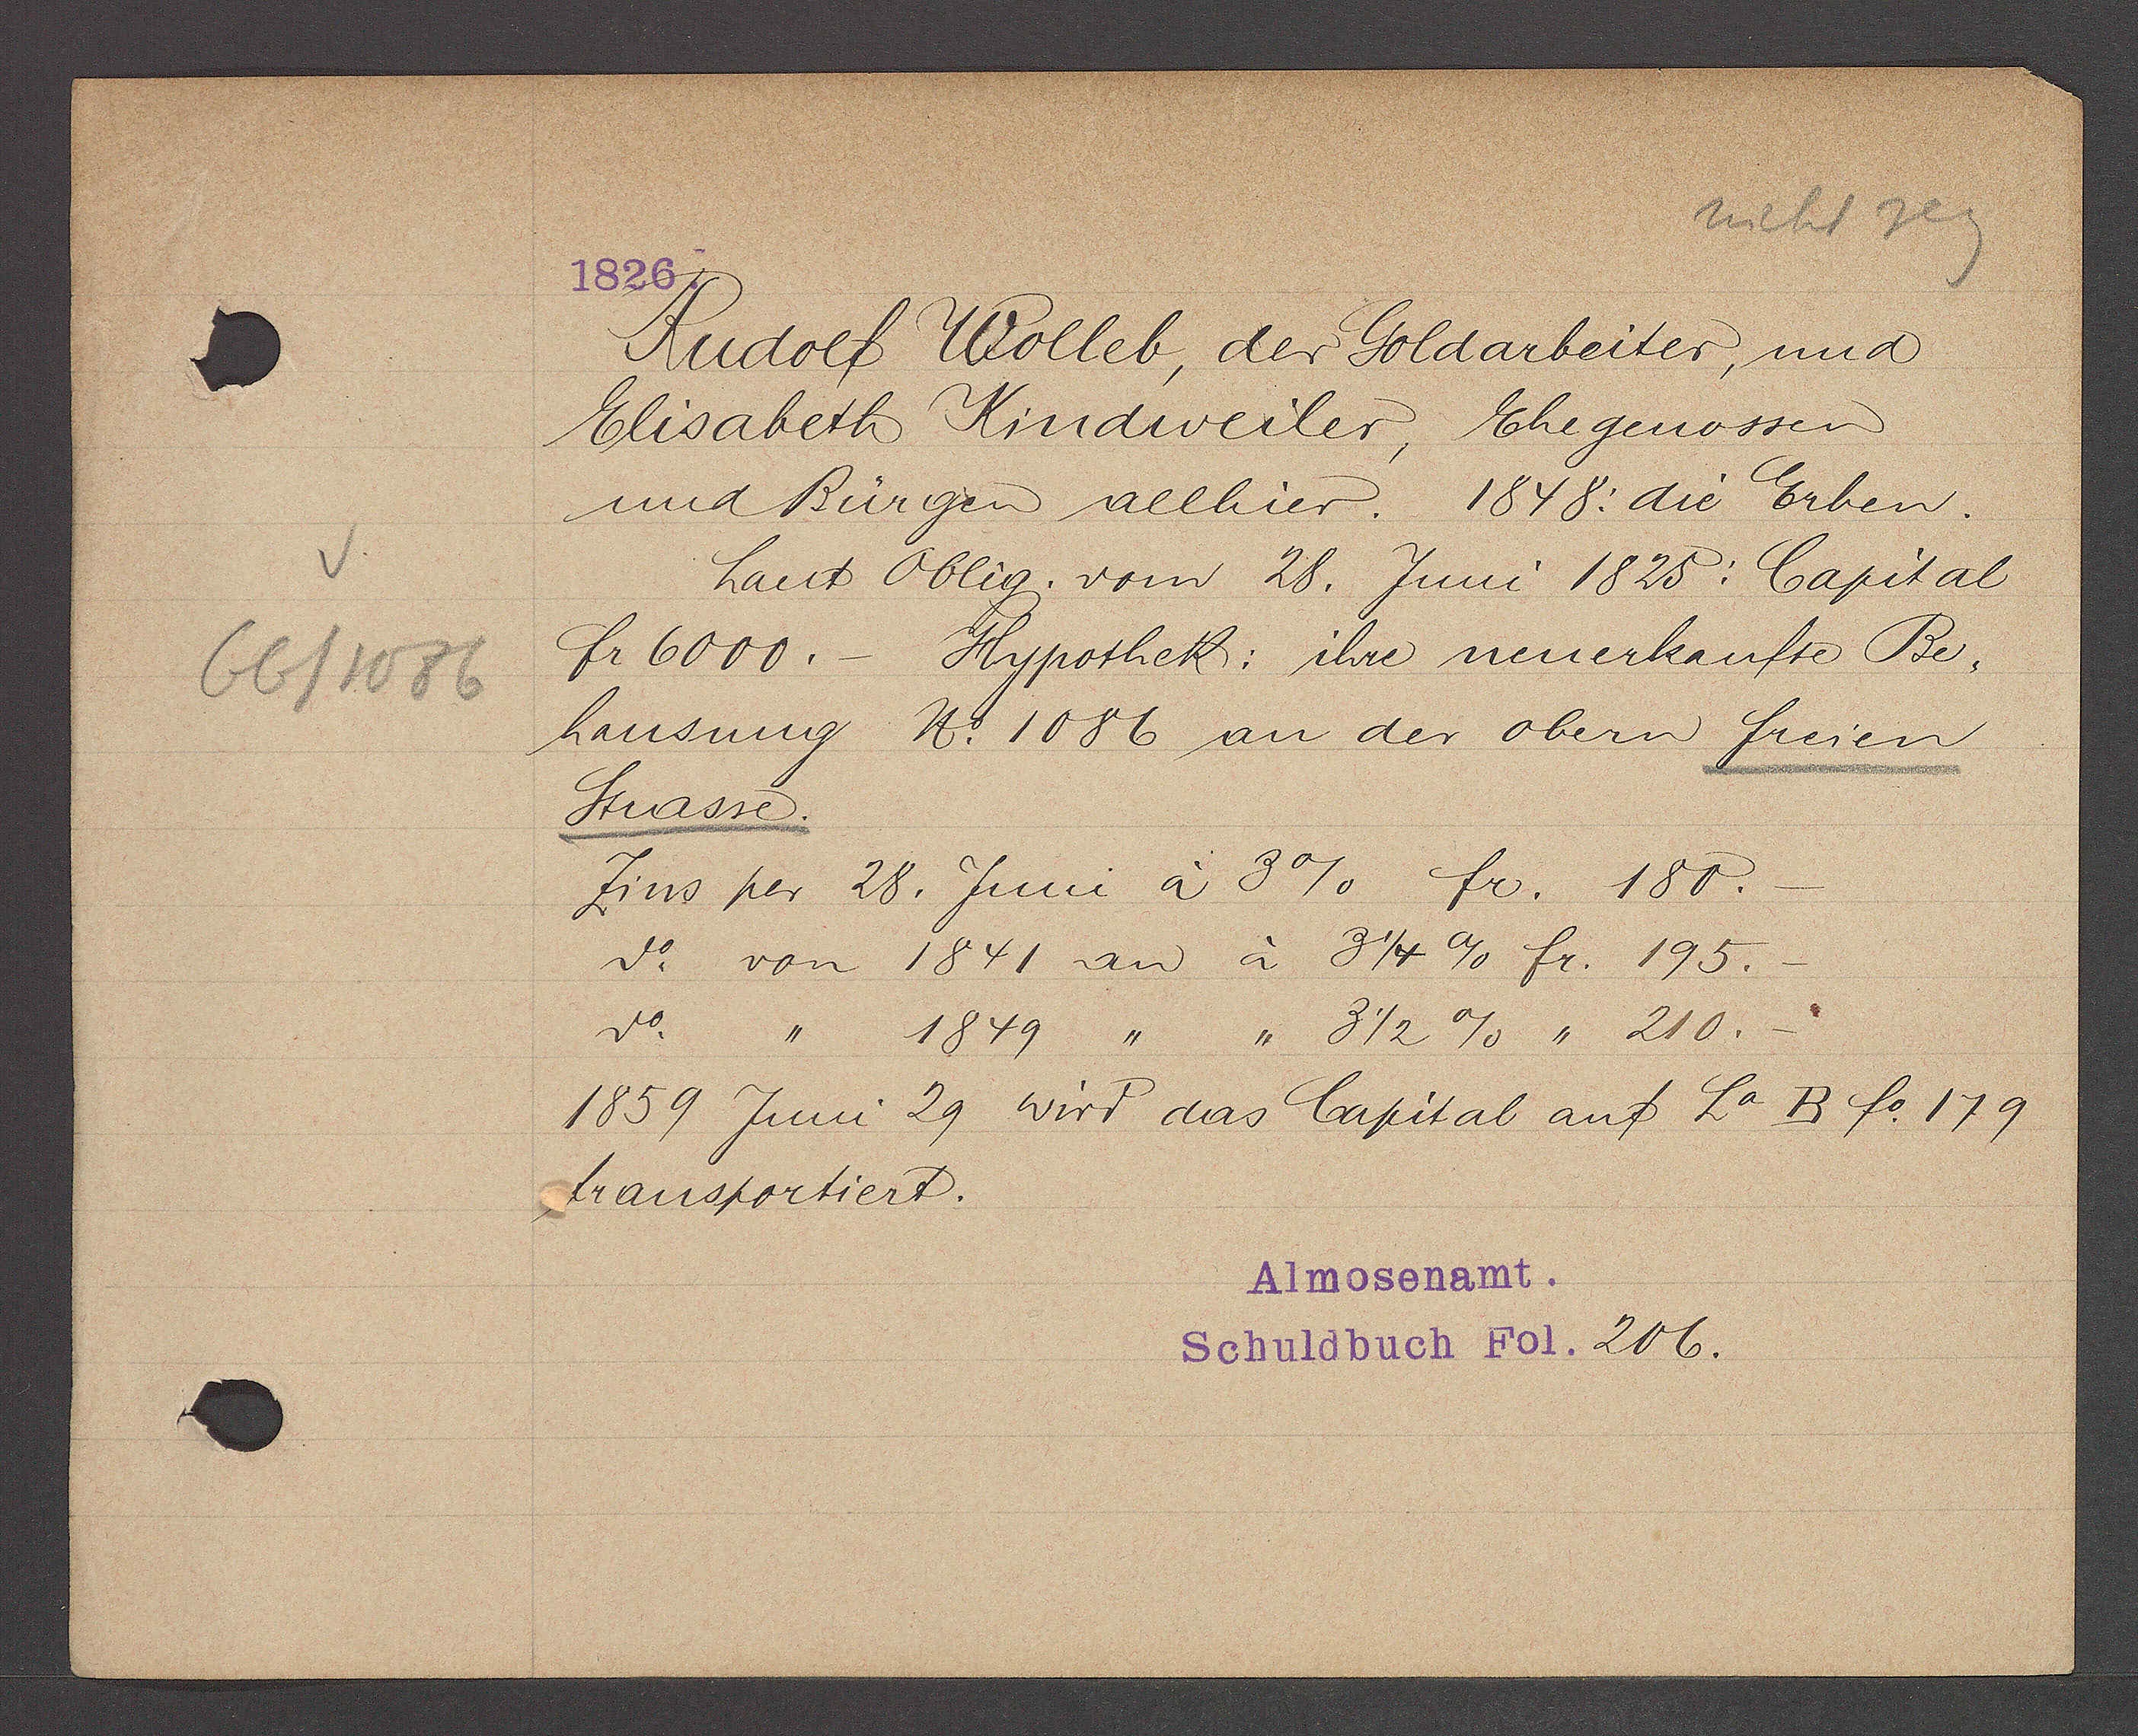
Transcript:
66/1086

1826.

Rudolf Wolleb, der Goldarbeiter, und
Elisabeth Kindweiler, Ehegenossen
und Bürgen allhier. 1848: die Erben.
Laut Oblig. vom 28. Juni 1825: Capital
fr 6000.- Hypothek: ihre neuerkaufte Be¬
hausung No 1086 an der obern freien
Strasse.
Zins per 28. Juni à 3% fr. 180.-
do. von 1841 an à 3 1/4% fr. 195.-
do. 1849 3 1/2% 210.-
1859 Juni 29 wird das Capital auf Lo B fo. 179
transportiert.

Almosenamt.
Schuldbuch Fol. 206.